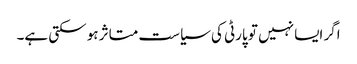
اگر ایسا نہیں تو پارٹی کی سیاست متاثر ہو سکتی ہے۔